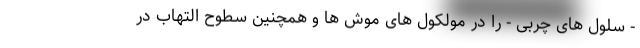
- سلول های چربی - را در مولکول های موش ها و همچنین سطوح التهاب در